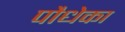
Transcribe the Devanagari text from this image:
पौधेका